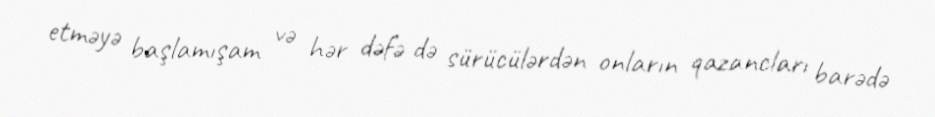
etməyə başlamışam və hər dəfə də sürücülərdən onların qazancları barədə